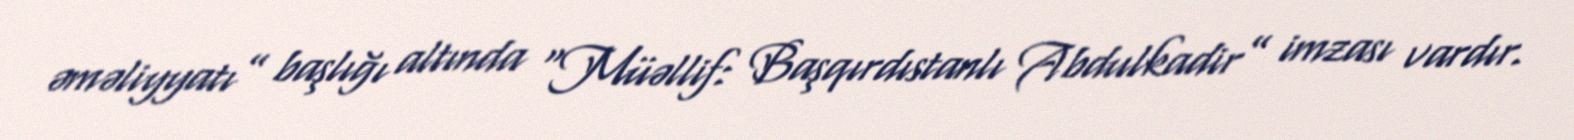
əməliyyatı” başlığı altında “Müəllif: Başqırdıstanlı Abdulkadir” imzası vardır.